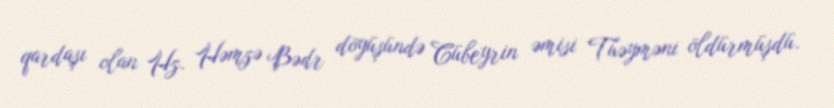
qardaşı olan Hz. Həmzə Bədr döyüşündə Cübeyrin əmisi Tuəyməni öldürmüşdü.